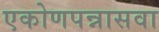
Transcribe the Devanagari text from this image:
एकोणपन्नासवा